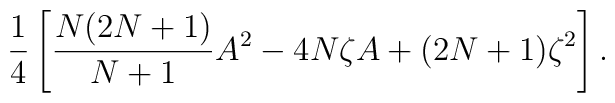
\frac{1}{4} \left[ \frac{N(2N+1)}{N+1} A^2 - 4N \zeta A + (2N+1) \zeta^2 \right].